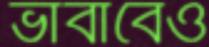
ভাবাবেও